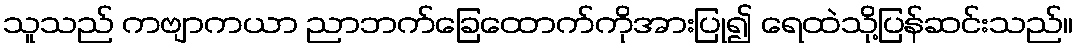
သူသည် ကဗျာကယာ ညာဘက်ခြေထောက်ကိုအားပြု၍ ရေထဲသို့ပြန်ဆင်းသည်။